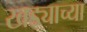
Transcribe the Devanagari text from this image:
खड्याच्या